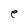
Character: e